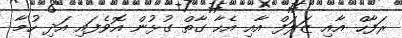
ރަފާހް އާއި ޒަލަފް އާއި އެހާ ގާތް ގުޅުން އޮވެފައި އަދި ހުމާ